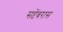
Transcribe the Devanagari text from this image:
सप्टेंबरास